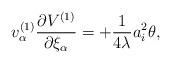
LaTeX: \begin{align*}v^{(1)}_\alpha\frac{\partial V^{(1)}}{\partial\xi_\alpha} = + \frac {1}{4\lambda} a_i^2\theta,\end{align*}